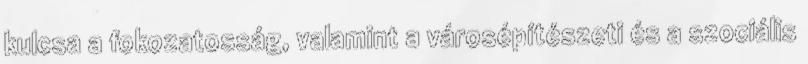
kulcsa a fokozatosság, valamint a városépítészeti és a szociális